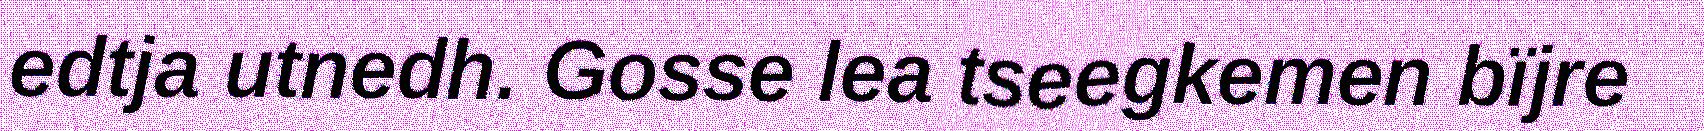
edtja utnedh. Gosse lea tseegkemen bïjre